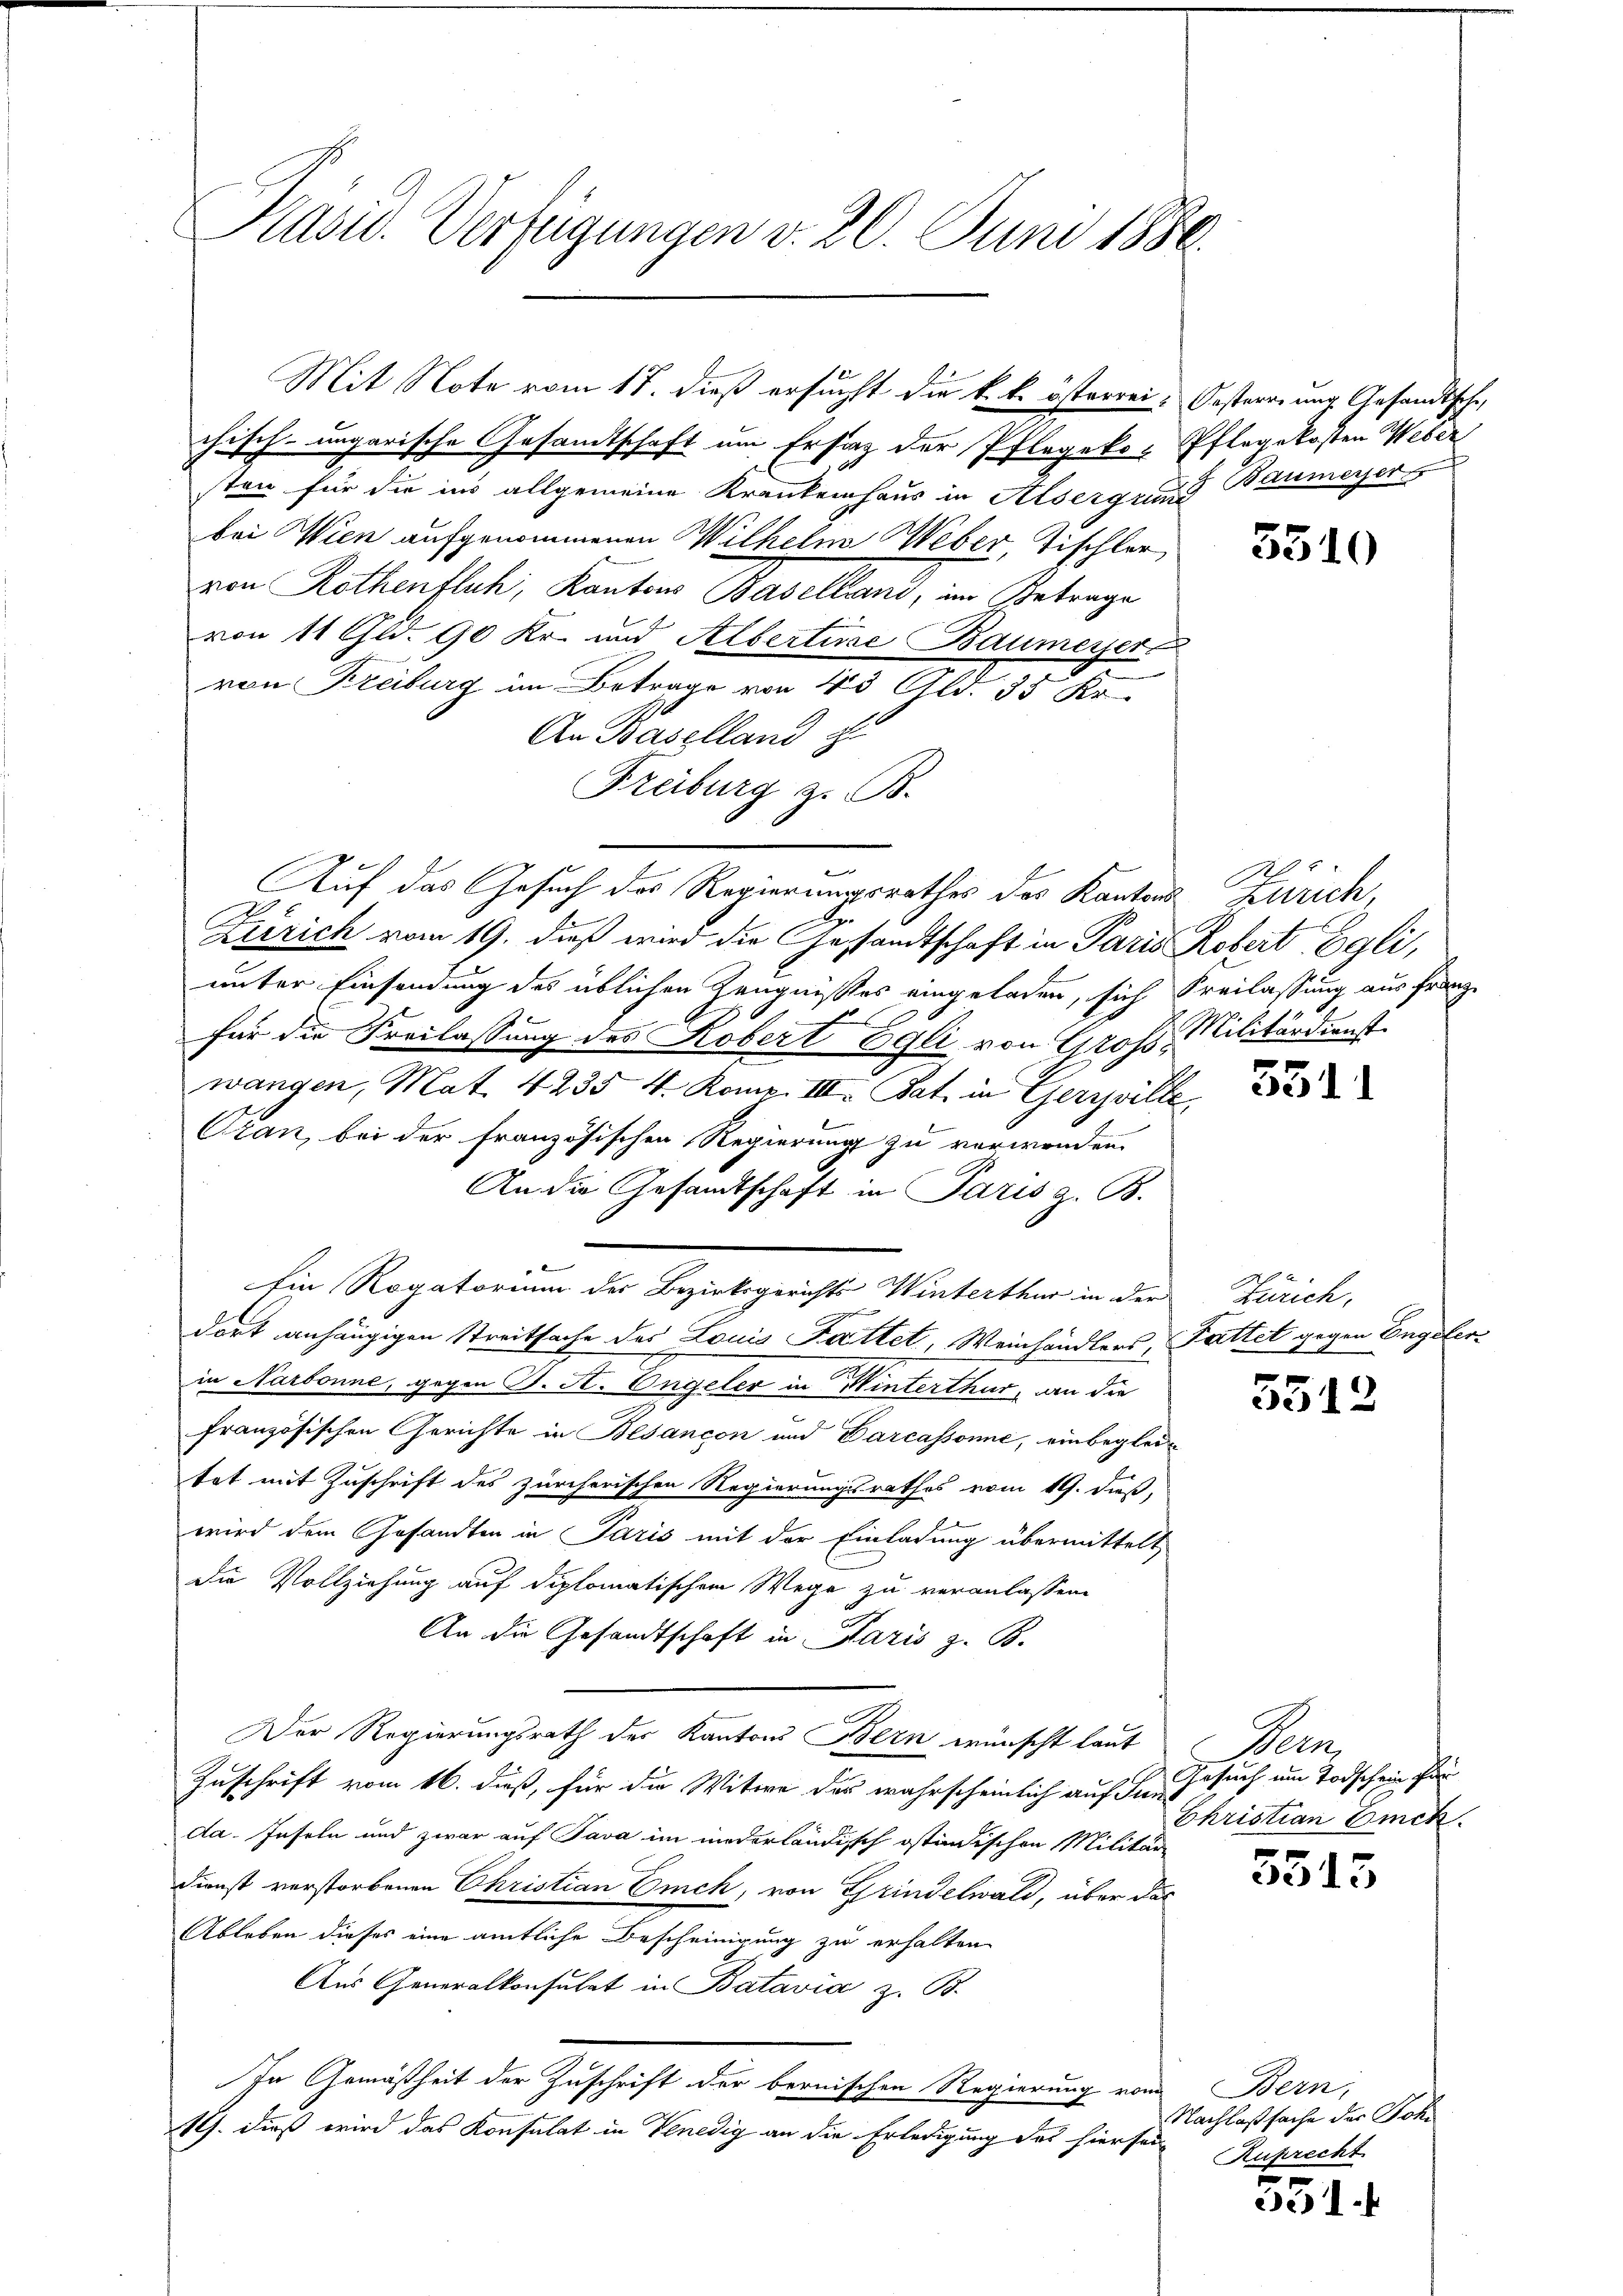
Kasu. Verfügungen v. 20. Juni 1886.

chisch-ungarische Gesandtschaft um Ersatz der Pflegeko-Pflegekosten Weber
sten für die ins allgemeine Krankenhaus in Alsergrung Baumeyer
bei Wien aufgenommenen Wilhelm Weber, Tischler
von Rothenfluh, Kantons Baselland, im Betrage
von 11 Gld. 90 Kr. und Alberture Baumeyer
von Freiburg im Betrage von 40 Gld. 35 Kr
An Baselland z
Freiburg z. B.
Auf das Gesuch des Regierungsrathes des Kantons Zürich,
Zirrich vom 19. dieß wird die Gesandtschaft in Paris Robert Egli,
unter Einsendung des üblichen Zeugnisses eingeladen, sich Freilassung aus franzx
für die Freilassung des Kobert Egli von Gross, Militärdienst
wangen, Mat. 4235 4. Komp. III. Rat in Gerville,
Ozan, bei der französischen Regierung zu verwenden.
An die Gesandtschaft in Paris z. B.
Ein Rogatorium der Bezirksgerichts Winterthur in der
dort anhängigen Streitsache des Louis Fattet, Weinhändlers, Fattet gegen Engstorin Narbonne, gegen J. A. Engeler in Winterthur, an die
französischen Gerichte in Besançon und Darcassonnie, einbeglei
tat mit Zuschrift des zürcherischen Regierungsrathes vom 19. dieß,
wird dem Gesandten in Paris mit der Einladung übermittelt
die Vollziehung auf diplomatischen Wege zu veranlassen.
An die Gesandtschaft in Paris z. B.
Der Regierungsrath der Kantons Bern wünscht laut
Zuschrift vom 16. dieß, für die Witwe der wahrscheinlich auf der Gesuch um Todschein für
da. Inseln und zwar auf Java im niederländisch ostindischen Militär
Dienst verstorbenen Christian Euch, von Grindelwald, über das
Ableben dieses eine amtliche Bescheinigung zu erhalten
Aus Generalkonsulat in Batavia z. B.
In Gemäßheit der Zuschrift der bernischen Regierung vom
19. dieß wird das Konsulat in Venedig an die Erledigung des hiersei

Mit Note vom 17. dieß ersucht die k. k. österrei. Oesterrung Gesandtsche,

5310

3311

Zürich,

5512

Dem
Christian Bick

5315

Bern,
Nachlaßsache der Joki
Ruprecht

551.